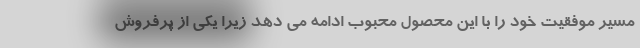
مسیر موفقیت خود را با این محصول محبوب ادامه می دهد زیرا یکی از پرفروش